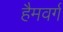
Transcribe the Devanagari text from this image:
हैमवर्ग